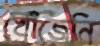
খোঁজেনি